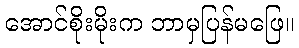
အောင်စိုးမိုးက ဘာမှပြန်မဖြေ။